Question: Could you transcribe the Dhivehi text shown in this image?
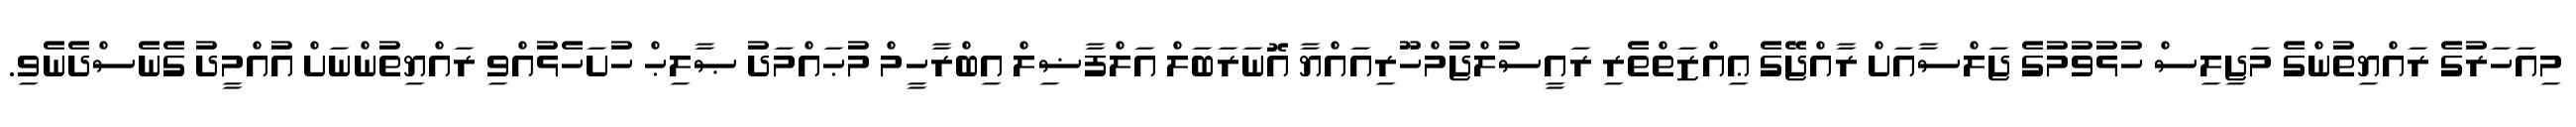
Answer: މިއަހަރުގެ ރައްޔިތުންގެ މަޖިލިސް ހުޅުވުމުގެ ޖަލްސާއަށް ރާއްޖޭގެ ޢިއްޒަތްތެރި ރައީސުލްޖުމްހޫރިއައްޔާ އޮނަރަބަލް އަލްފާޟިލް އިބްރާހީމް މުޙައްމަދު ޞާލިޙް ހުށަހެޅުއްވި ރައްޔިތުންނަށް އުއްމީދު ގެނެސްދެނެވި.